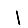
Digit: 1